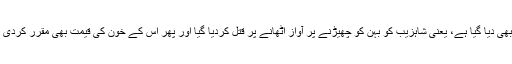
شاہزیب کے گھر والے اب ڈیفنس میں پانچ سو گز کے بنگلے میں رہیں گے، انہیں آسٹریلیا میں فلیٹ بھی دیا گیا ہے، یعنی شاہزیب کو بہن کو چھیڑنے پر آواز اٹھانے پر قتل کردیا گیا اور پھر اس کے خون کی قیمت بھی مقرر کردی گئی اور شاہزیب کی پانچویں برسی کے موقعے پر اس کے قاتلوں کو اللہ کے نام پر معاف کردیا گیا۔